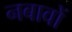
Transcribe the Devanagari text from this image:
नबावों